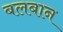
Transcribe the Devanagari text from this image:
बलबान